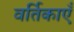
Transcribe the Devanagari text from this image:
वर्तिकाएँ